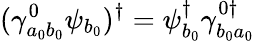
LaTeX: (\gamma_{a_{0}b_{0}}^{0}\psi_{b_{0}})^{\dagger}=\psi_{b_{0}}^{\dagger}\gamma_{b_{0}a_{0}}^{0\dagger}